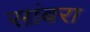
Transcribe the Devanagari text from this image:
सांबरा